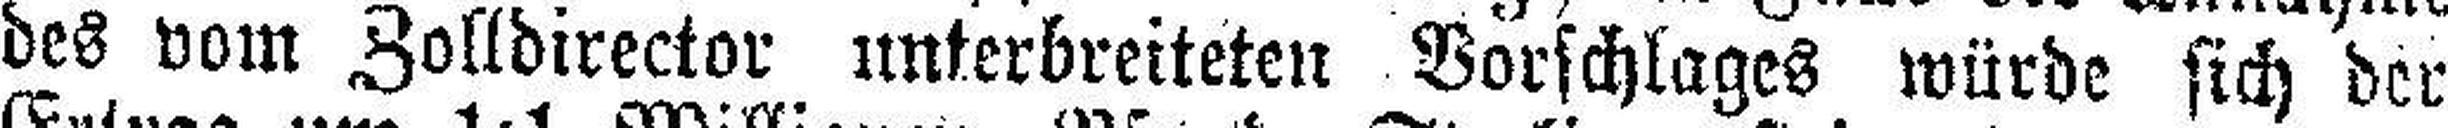
des vom Zolldirector unterbreiteten Vorschlages würde sich der